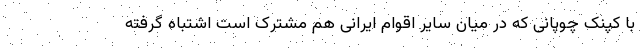
با کپنک چوپانی که در میان سایر اقوام ایرانی هم مشترک است اشتباه گرفته